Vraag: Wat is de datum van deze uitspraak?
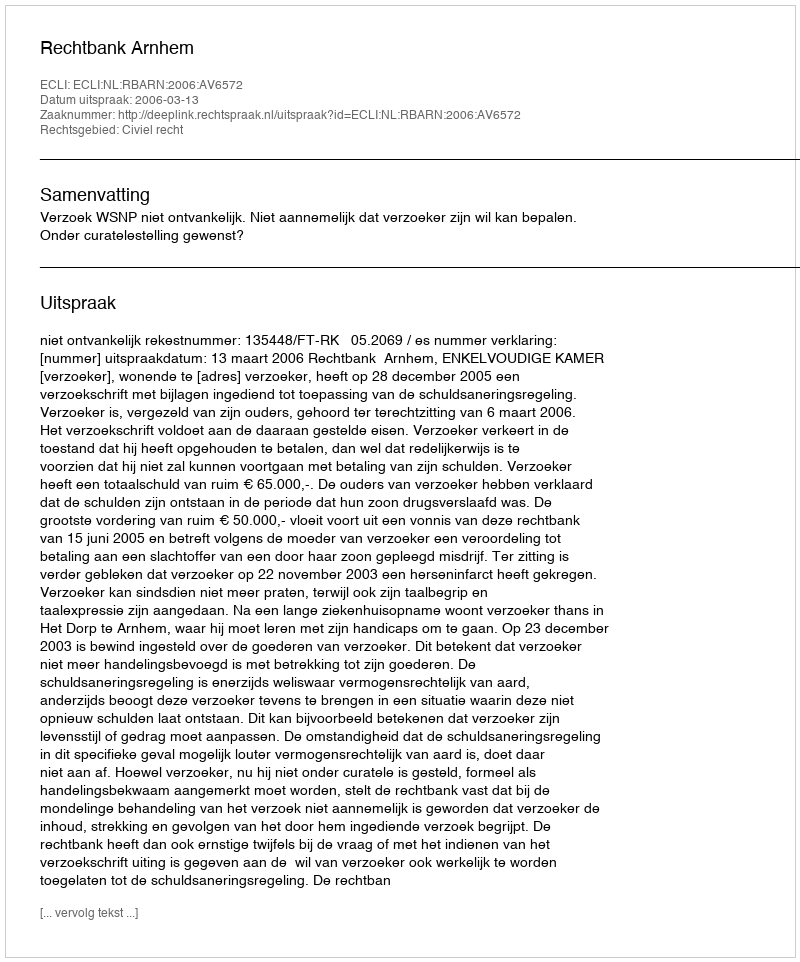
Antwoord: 2006-03-13